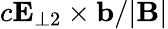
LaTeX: c\mathbf{E}_{\perp 2}\times\mathbf{b}/\vert\mathbf{B}\vert